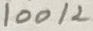
Text: 100K